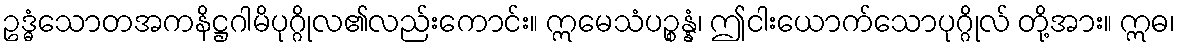
ဥဒ္ဓံသောတအကနိဋ္ဌဂါမိပုဂ္ဂိုလ၏လည်းကောင်း။ ဣမေသံပဉ္စန္နံ၊ ဤငါးယောက်သောပုဂ္ဂိုလ် တို့အား။ ဣဓ၊